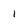
Character: 1